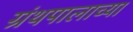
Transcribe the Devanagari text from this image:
ग्रंथपालाच्या